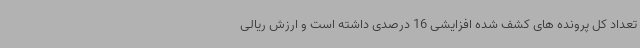
تعداد کل پرونده های کشف شده افزایشی 16 درصدی داشته است و ارزش ریالی